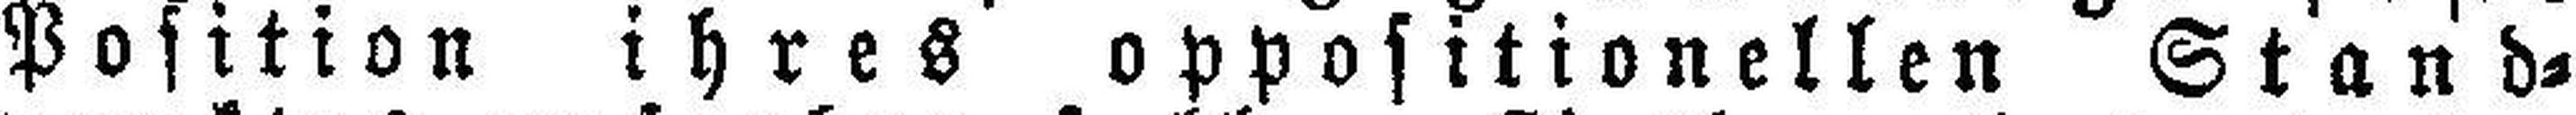
Position ihres oppositionellen Stand¬